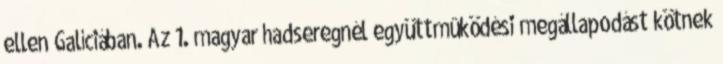
ellen Galíciában. Az 1. magyar hadseregnél együttmûködési megállapodást kötnek